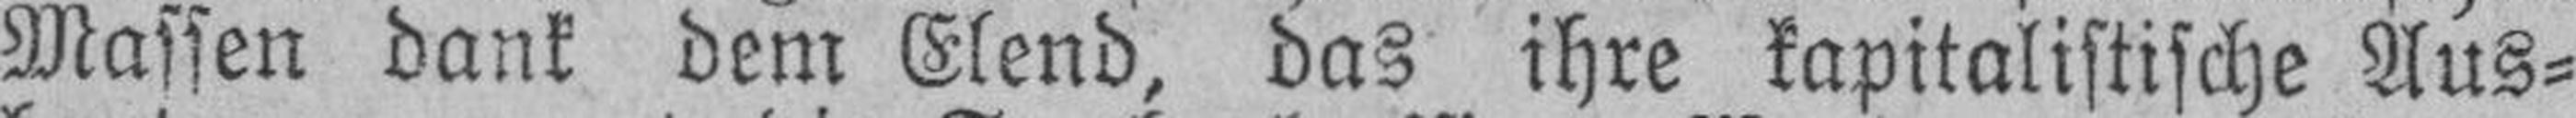
Massen dank dem Elend, das ihre kapitalistische Aus¬